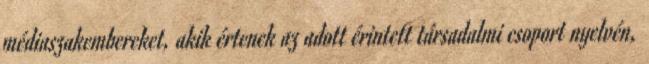
médiaszakembereket, akik értenek az adott érintett társadalmi csoport nyelvén,